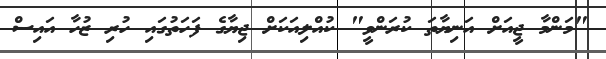
"މަންމާ ޖީއަށް އަނިޔާތަ ކުރަންވީ" ކުއްލިއަކަށް ޖިޔާގެ ފަހަތުގައި ހުރި ޒުހާ އައިސް